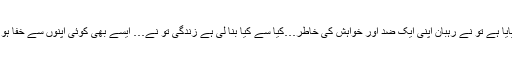
’’کتنا تڑپایا ہے تو نے رہبان اپنی ایک ضد اور خواہش کی خاطر…کیا سے کیا بنا لی ہے زندگی تو نے… ایسے بھی کوئی اپنوں سے خفا ہو جاتا ہے۔